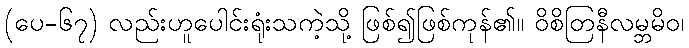
(ပေ-၆၇) လည်းဟူပေါင်းရုံးသကဲ့သို့ ဖြစ်၍ဖြစ်ကုန်၏။ ဝိစိတြနီလမ္ဘမိဝ၊